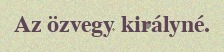
Az özvegy királyné.